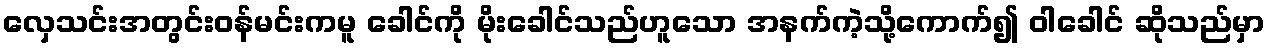
လှေသင်းအတွင်းဝန်မင်းကမူ ခေါင်ကို မိုးခေါင်သည်ဟူသော အနက်ကဲ့သို့ကောက်၍ ဝါခေါင် ဆိုသည်မှာ